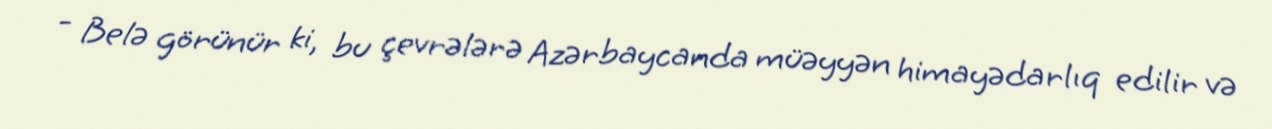
- Belə görünür ki, bu çevrələrə Azərbaycanda müəyyən himayədarlıq edilir və